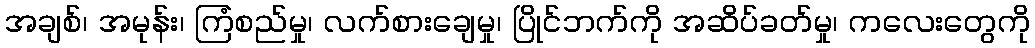
အချစ်၊ အမုန်း၊ ကြံစည်မှု၊ လက်စားချေမှု၊ ပြိုင်ဘက်ကို အဆိပ်ခတ်မှု၊ ကလေးတွေကို